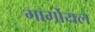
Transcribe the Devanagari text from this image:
गार्गोयल